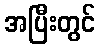
အပြီးတွင်